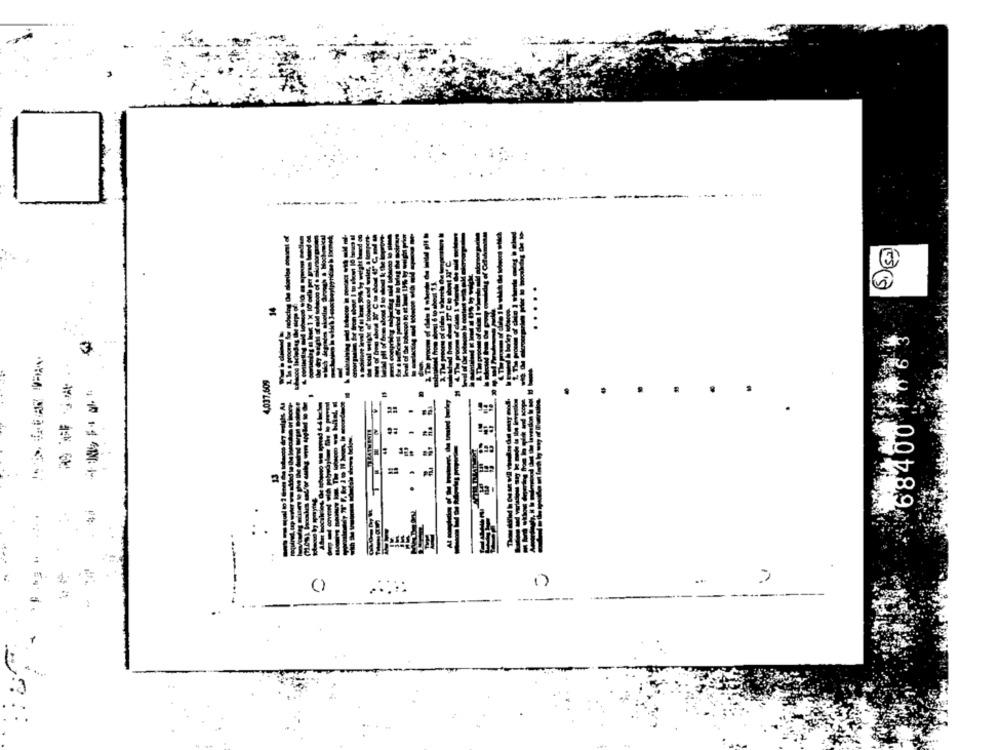
4,037,609
.
68400
-
------
1)
..
-